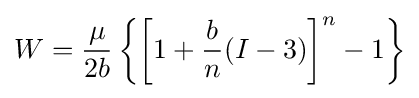
W={\frac {\mu }{2b}}\left\{\left[1+{\frac {b}{n}}(I-3)\right]^{n}-1\right\}